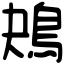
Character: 鴂